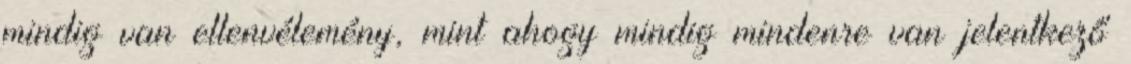
mindig van ellenvélemény, mint ahogy mindig mindenre van jelentkező